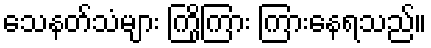
သေနတ်သံများ ကြိုကြား ကြားနေရသည်။